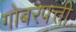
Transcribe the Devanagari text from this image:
गोबरपत्ती